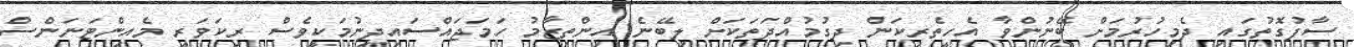
ސާފުގޮތުގައި ދެމިހުރުމަށް ބޭނުންވާ އެހީތެރިކަން ދިގުމުއްދަތަކަށް ލިބޭނެ އިންތިޒާމު ހަމަޖައްސައިދިނުމަކީވެސް ރިކަވަރީ މެއިންޓަނަންސް